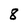
Character: 8